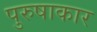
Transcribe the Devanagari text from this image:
पुरुषाकार